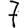
Digit: 7